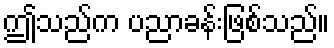
ဤသည်က ပညာခန်းဖြစ်သည်။